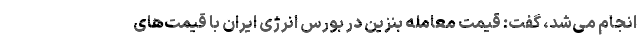
انجام می‌شد، گفت: قیمت معامله بنزین در بورس انرژی ایران با قیمت‌های